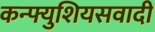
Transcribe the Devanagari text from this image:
कन्फ्युशियसवादी